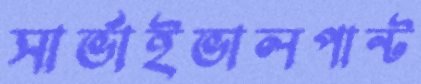
সার্ভাইভালপান্ট